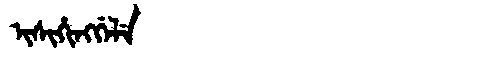
Manchu: ᡳᠰᡳᡥᡳᠩᡤᡝᠯᡝ
Romanization: ISIHINGGELE